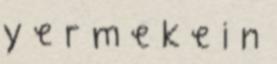
y e r m e k e i n